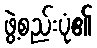
ဖွဲ့စည်းပုံ၏